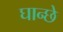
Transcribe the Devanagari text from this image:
घान्छे